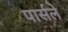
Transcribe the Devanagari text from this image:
पार्सले